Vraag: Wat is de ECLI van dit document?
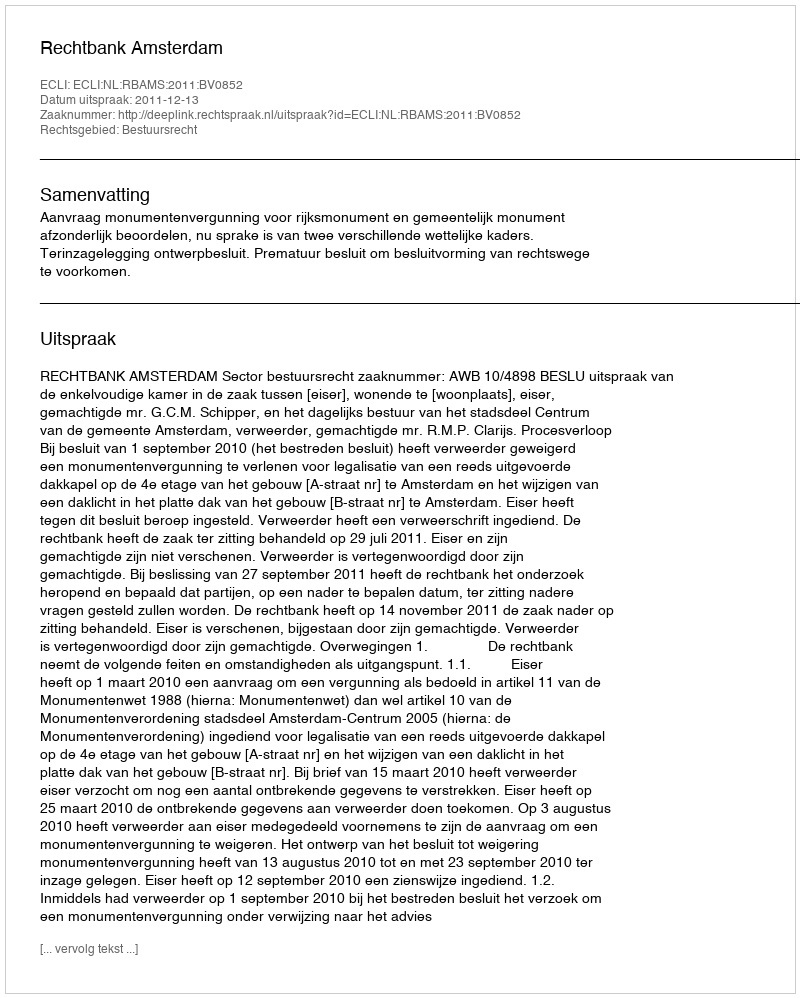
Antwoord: ECLI:NL:RBAMS:2011:BV0852